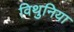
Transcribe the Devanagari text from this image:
विथुनिया